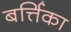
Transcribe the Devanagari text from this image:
बर्त्तिका